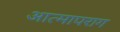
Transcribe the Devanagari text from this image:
आत्मापराग